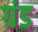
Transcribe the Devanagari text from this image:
ग्रंड